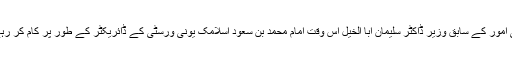
اسلامی امور کے سابق وزیر ڈاکٹر سلیمان ابا الخیل اس وقت امام محمد بن سعود اسلامک یونی ورسٹی کے ڈائریکٹر کے طور پر کام کر رہے ہیں۔